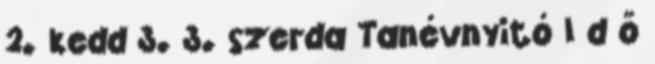
2. kedd 3. 3. szerda Tanévnyitó I d ő